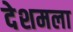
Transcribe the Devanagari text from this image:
देशमला